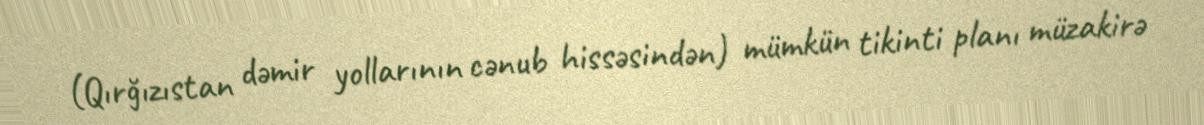
(Qırğızıstan dəmir yollarının cənub hissəsindən) mümkün tikinti planı müzakirə